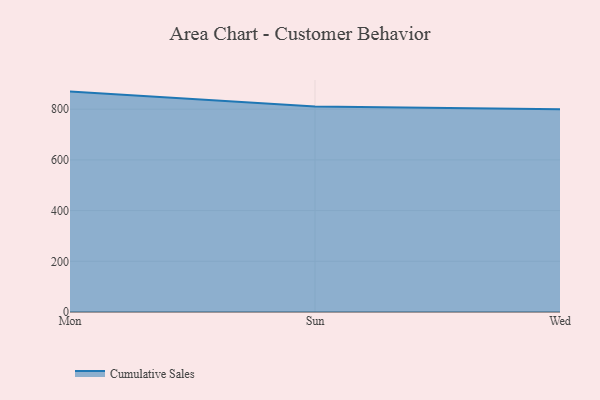
{"axis": {"x": "Day", "y": "Website Visitors"}, "legend": ["Cumulative Sales"], "data": [{"x": "Mon", "y": 869.4, "type": "Cumulative Sales"}, {"x": "Sun", "y": 810.5, "type": "Cumulative Sales"}, {"x": "Wed", "y": 800, "type": "Cumulative Sales"}]}